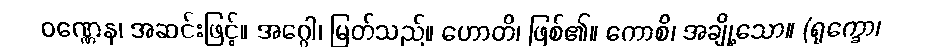
ဝဏ္ဏေန၊ အဆင်းဖြင့်။ အဂ္ဂေါ၊ မြတ်သည်။ ဟောတိ၊ ဖြစ်၏။ ကောစိ၊ အချို့သော။ (ရုက္ခော၊